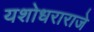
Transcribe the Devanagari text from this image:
यशोधराराजे